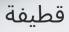
قطيفة